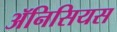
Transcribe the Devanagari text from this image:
ॲनिसियस